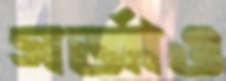
গর্‌জাও